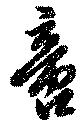
啻